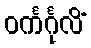
ဝင်္ကင်္ဂုလိံ